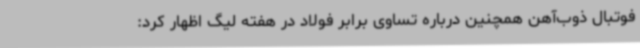
فوتبال ذوب‌آهن همچنین درباره تساوی برابر فولاد در هفته لیگ اظهار کرد: